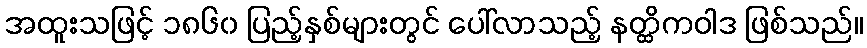
အထူးသဖြင့် ၁၈၆၀ ပြည့်နှစ်များတွင် ပေါ်လာသည့် နတ္ထိကဝါဒ ဖြစ်သည်။